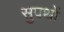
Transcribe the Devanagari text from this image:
सुपथों